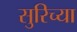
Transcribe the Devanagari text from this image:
सुरिच्या